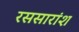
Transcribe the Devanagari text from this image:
रससारांश